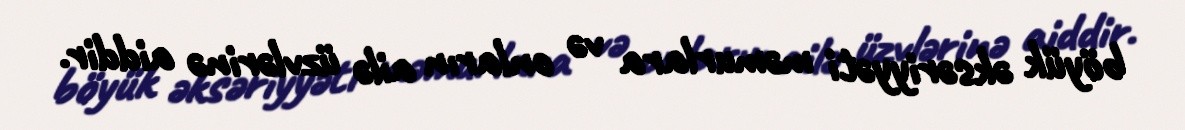
böyük əksəriyyəti məmurlara və onların ailə üzvlərinə aiddir.